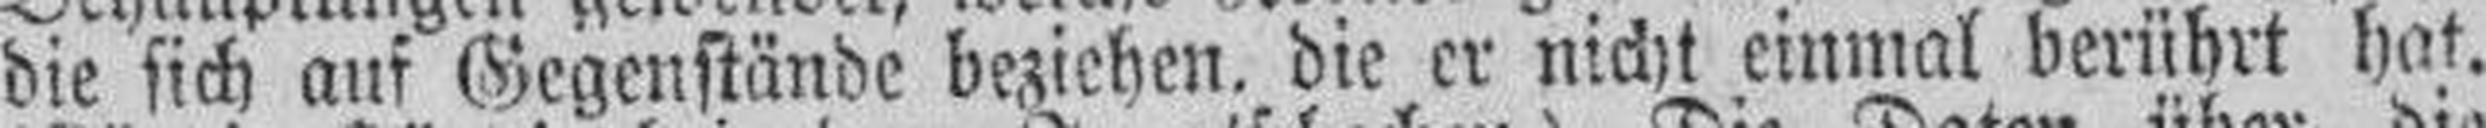
die sich auf Gegenstände beziehen, die er nicht einmal berührt hat.